Annual vaccination report of Bihar and Orissa - 1911-1928
Year: 1911
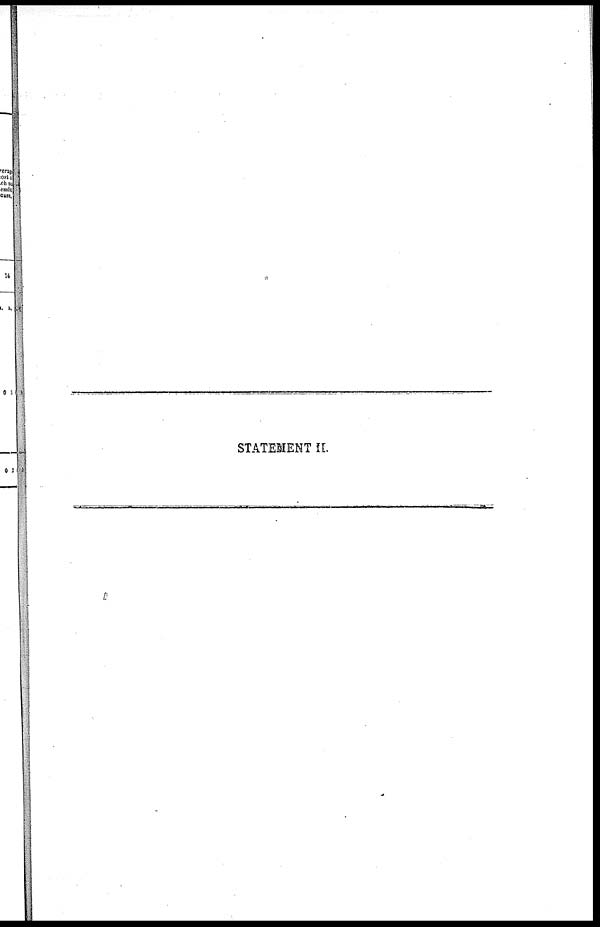
STATEMENT II.